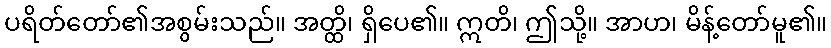
ပရိတ်တော်၏အစွမ်းသည်။ အတ္ထိ၊ ရှိပေ၏။ ဣတိ၊ ဤသို့။ အာဟ၊ မိန့်တော်မူ၏။